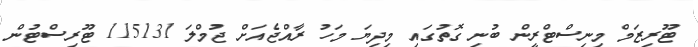
ޓޫރިޒަމް މިނިސްޓްރީން ބުނި ގޮތުގައި މިދިޔަ މަހު ރާއްޖެއަށް ޖުމްލަ 115131 ޓޫރިސްޓުން